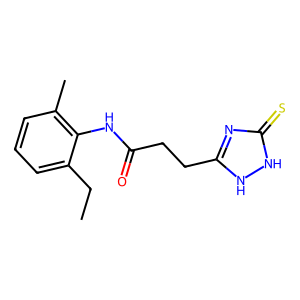
SMILES: CCc1cccc(C)c1NC(=O)CCc1nc(=S)[nH][nH]1
Inhibits HIV replication: No